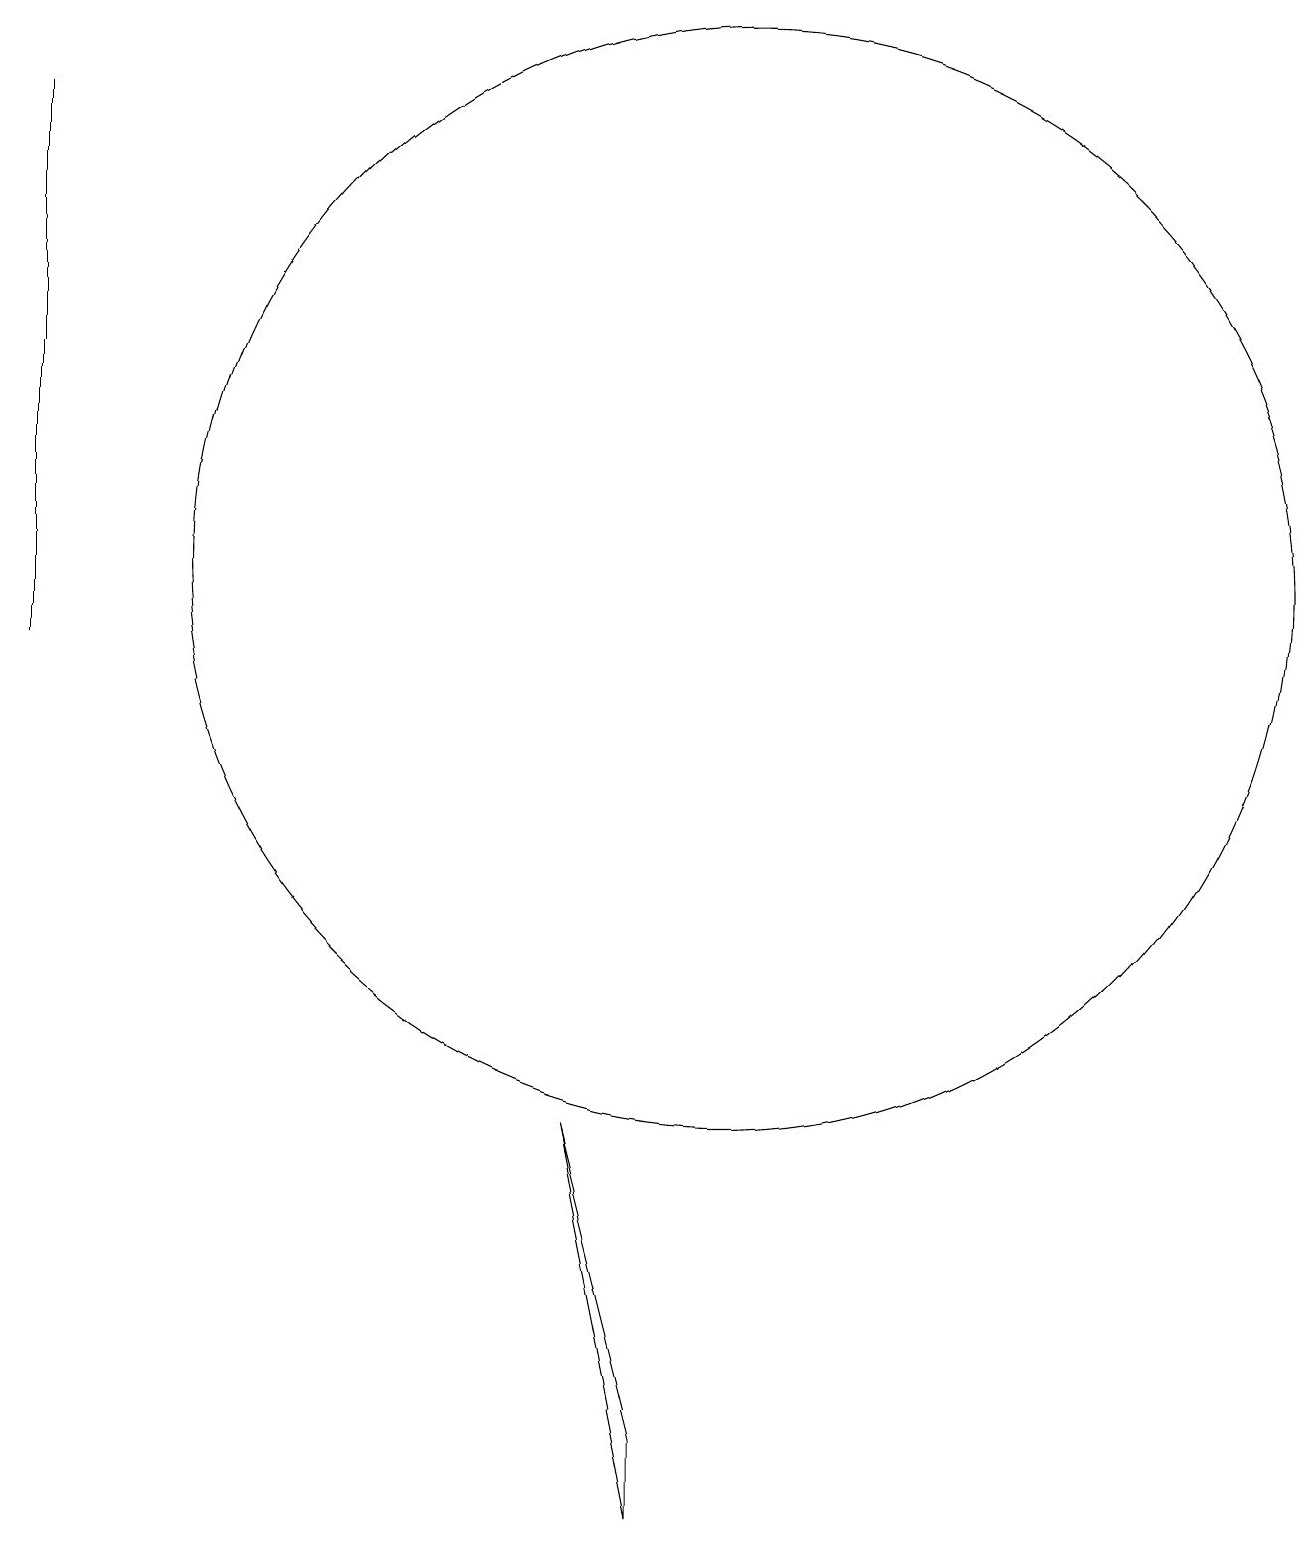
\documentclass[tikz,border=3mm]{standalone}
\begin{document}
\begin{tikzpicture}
\draw (1,11) rectangle (1,18);
\draw (10,12) circle (7);
\draw (8,5) -- (9,1) -- (9,0) -- cycle;
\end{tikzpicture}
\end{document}